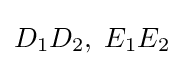
D_{1}D_{2},\;E_{1}E_{2}